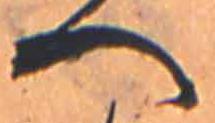
へ